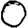
Digit: 0